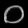
Digit: ၀